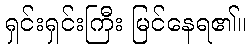
ရှင်းရှင်းကြီး မြင်နေရ၏။